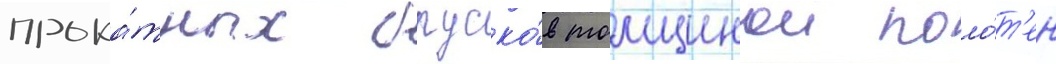
прока́тных бруско́в толщинои поло́т'ен